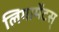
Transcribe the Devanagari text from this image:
लिगामेंटस्